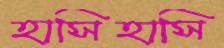
হাসিহাসি